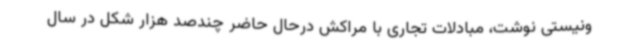
ونیستی نوشت، مبادلات تجاری با مراکش درحال حاضر چندصد هزار شکل در سال